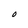
Character: O